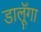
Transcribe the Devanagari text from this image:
डालूॅगा